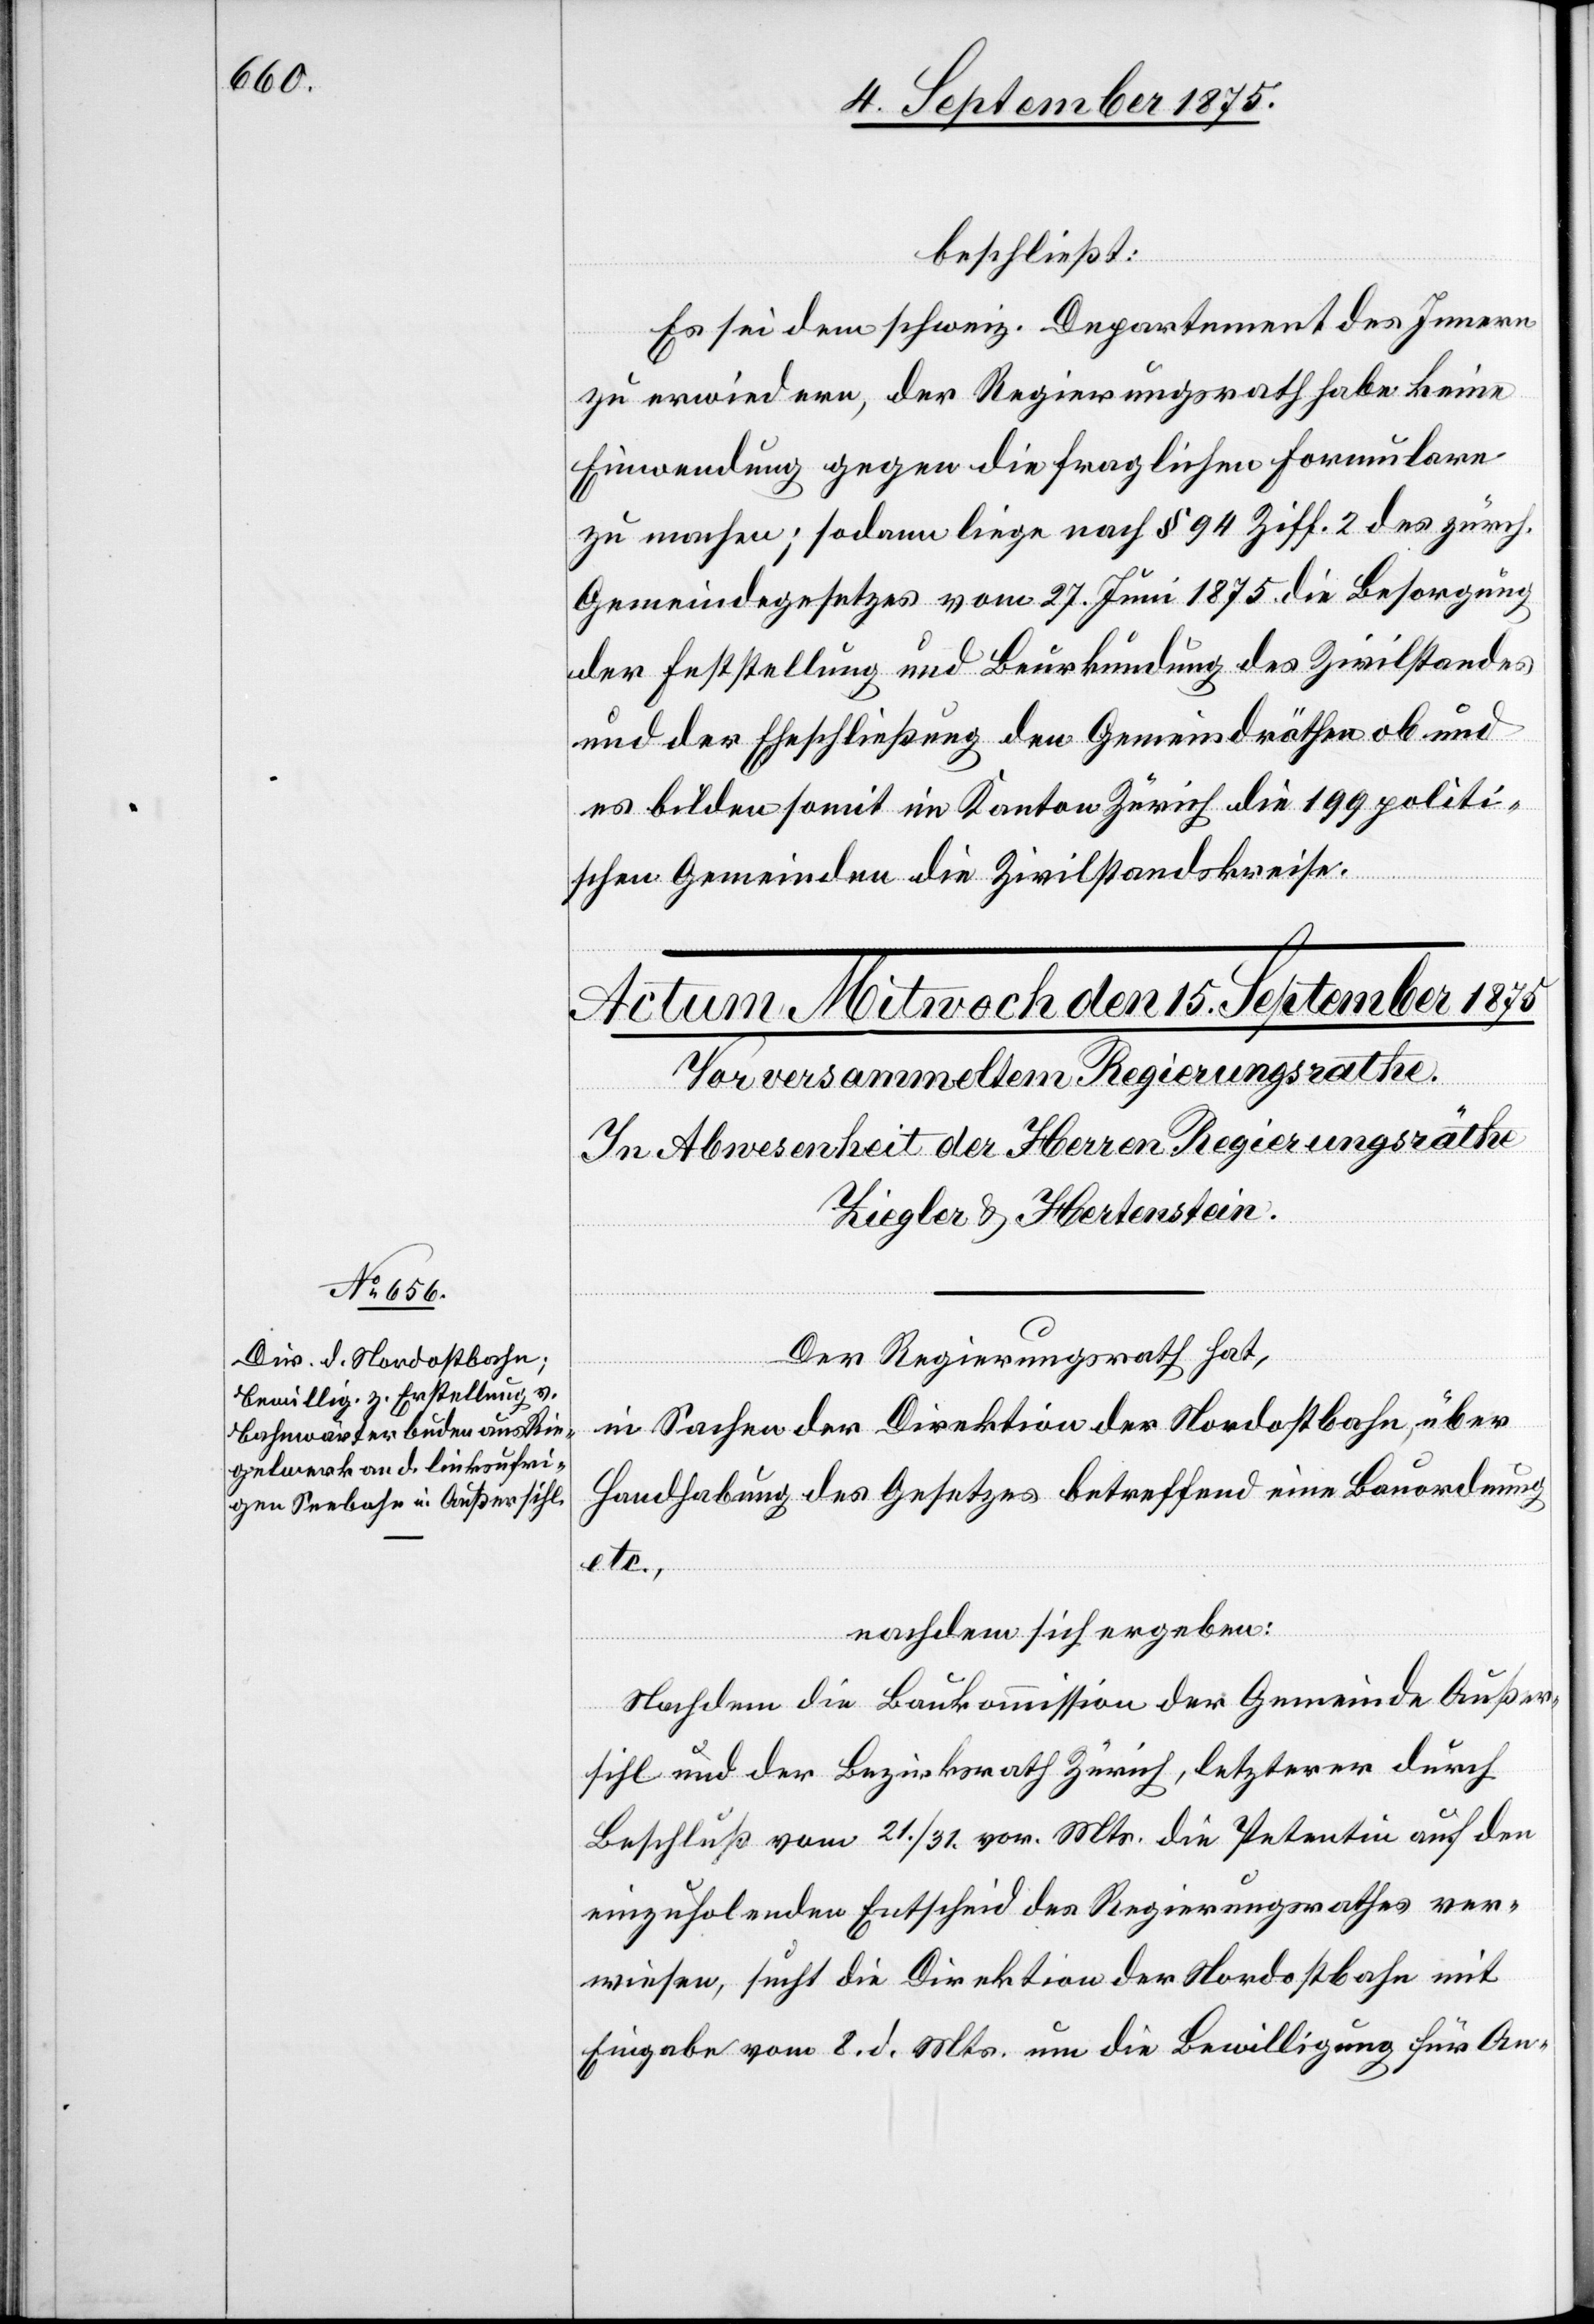
beschließt:
Es sei dem schweiz. Departement des Innern
zu erwiedern, der Regierungsrath habe keine
Einwendung gegen die fraglichen Formulare
zu machen; sodann liege nach § 94 Ziff. 2 des zürch.
Gemeindegesetzes vom 27. Juni 1875 die Besorgung
der Feststellung und Beurkundung des Zivilstandes
und der Eheschließung den Gemeindräthen ob und
es bilden somit im Kanton Zürich die 199 politi¬
schen Gemeinden die Zivilstandskreise.
Der Regierungsrath hat,
in Sachen der Direktion der Nordostbahn, über
Handhabung des Gesetzes betreffend eine Bauordnung
etc.,
nachdem sich ergeben:
Nachdem die Baukommission der Gemeinde Außer¬
sihl und der Bezirksrath Zürich, letzterer durch
Beschluß vom 21./31. vor. Mts.[,] die Petentin auf den
einzuholenden Entscheid des Regierungsrathes ver¬
wiesen, sucht die Direktion der Nordostbahn mit
Eingabe vom 8. d. Mts. um die Bewilligung für An-